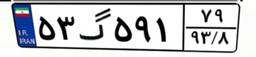
۵۳گ۵۹۱۷۹